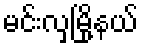
မင်းလှမြို့နယ်